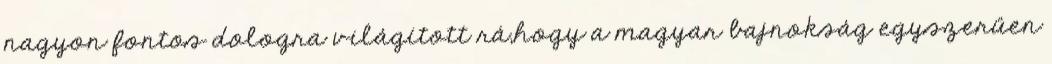
nagyon fontos dologra világított rá,hogy a magyar bajnokság egyszerűen